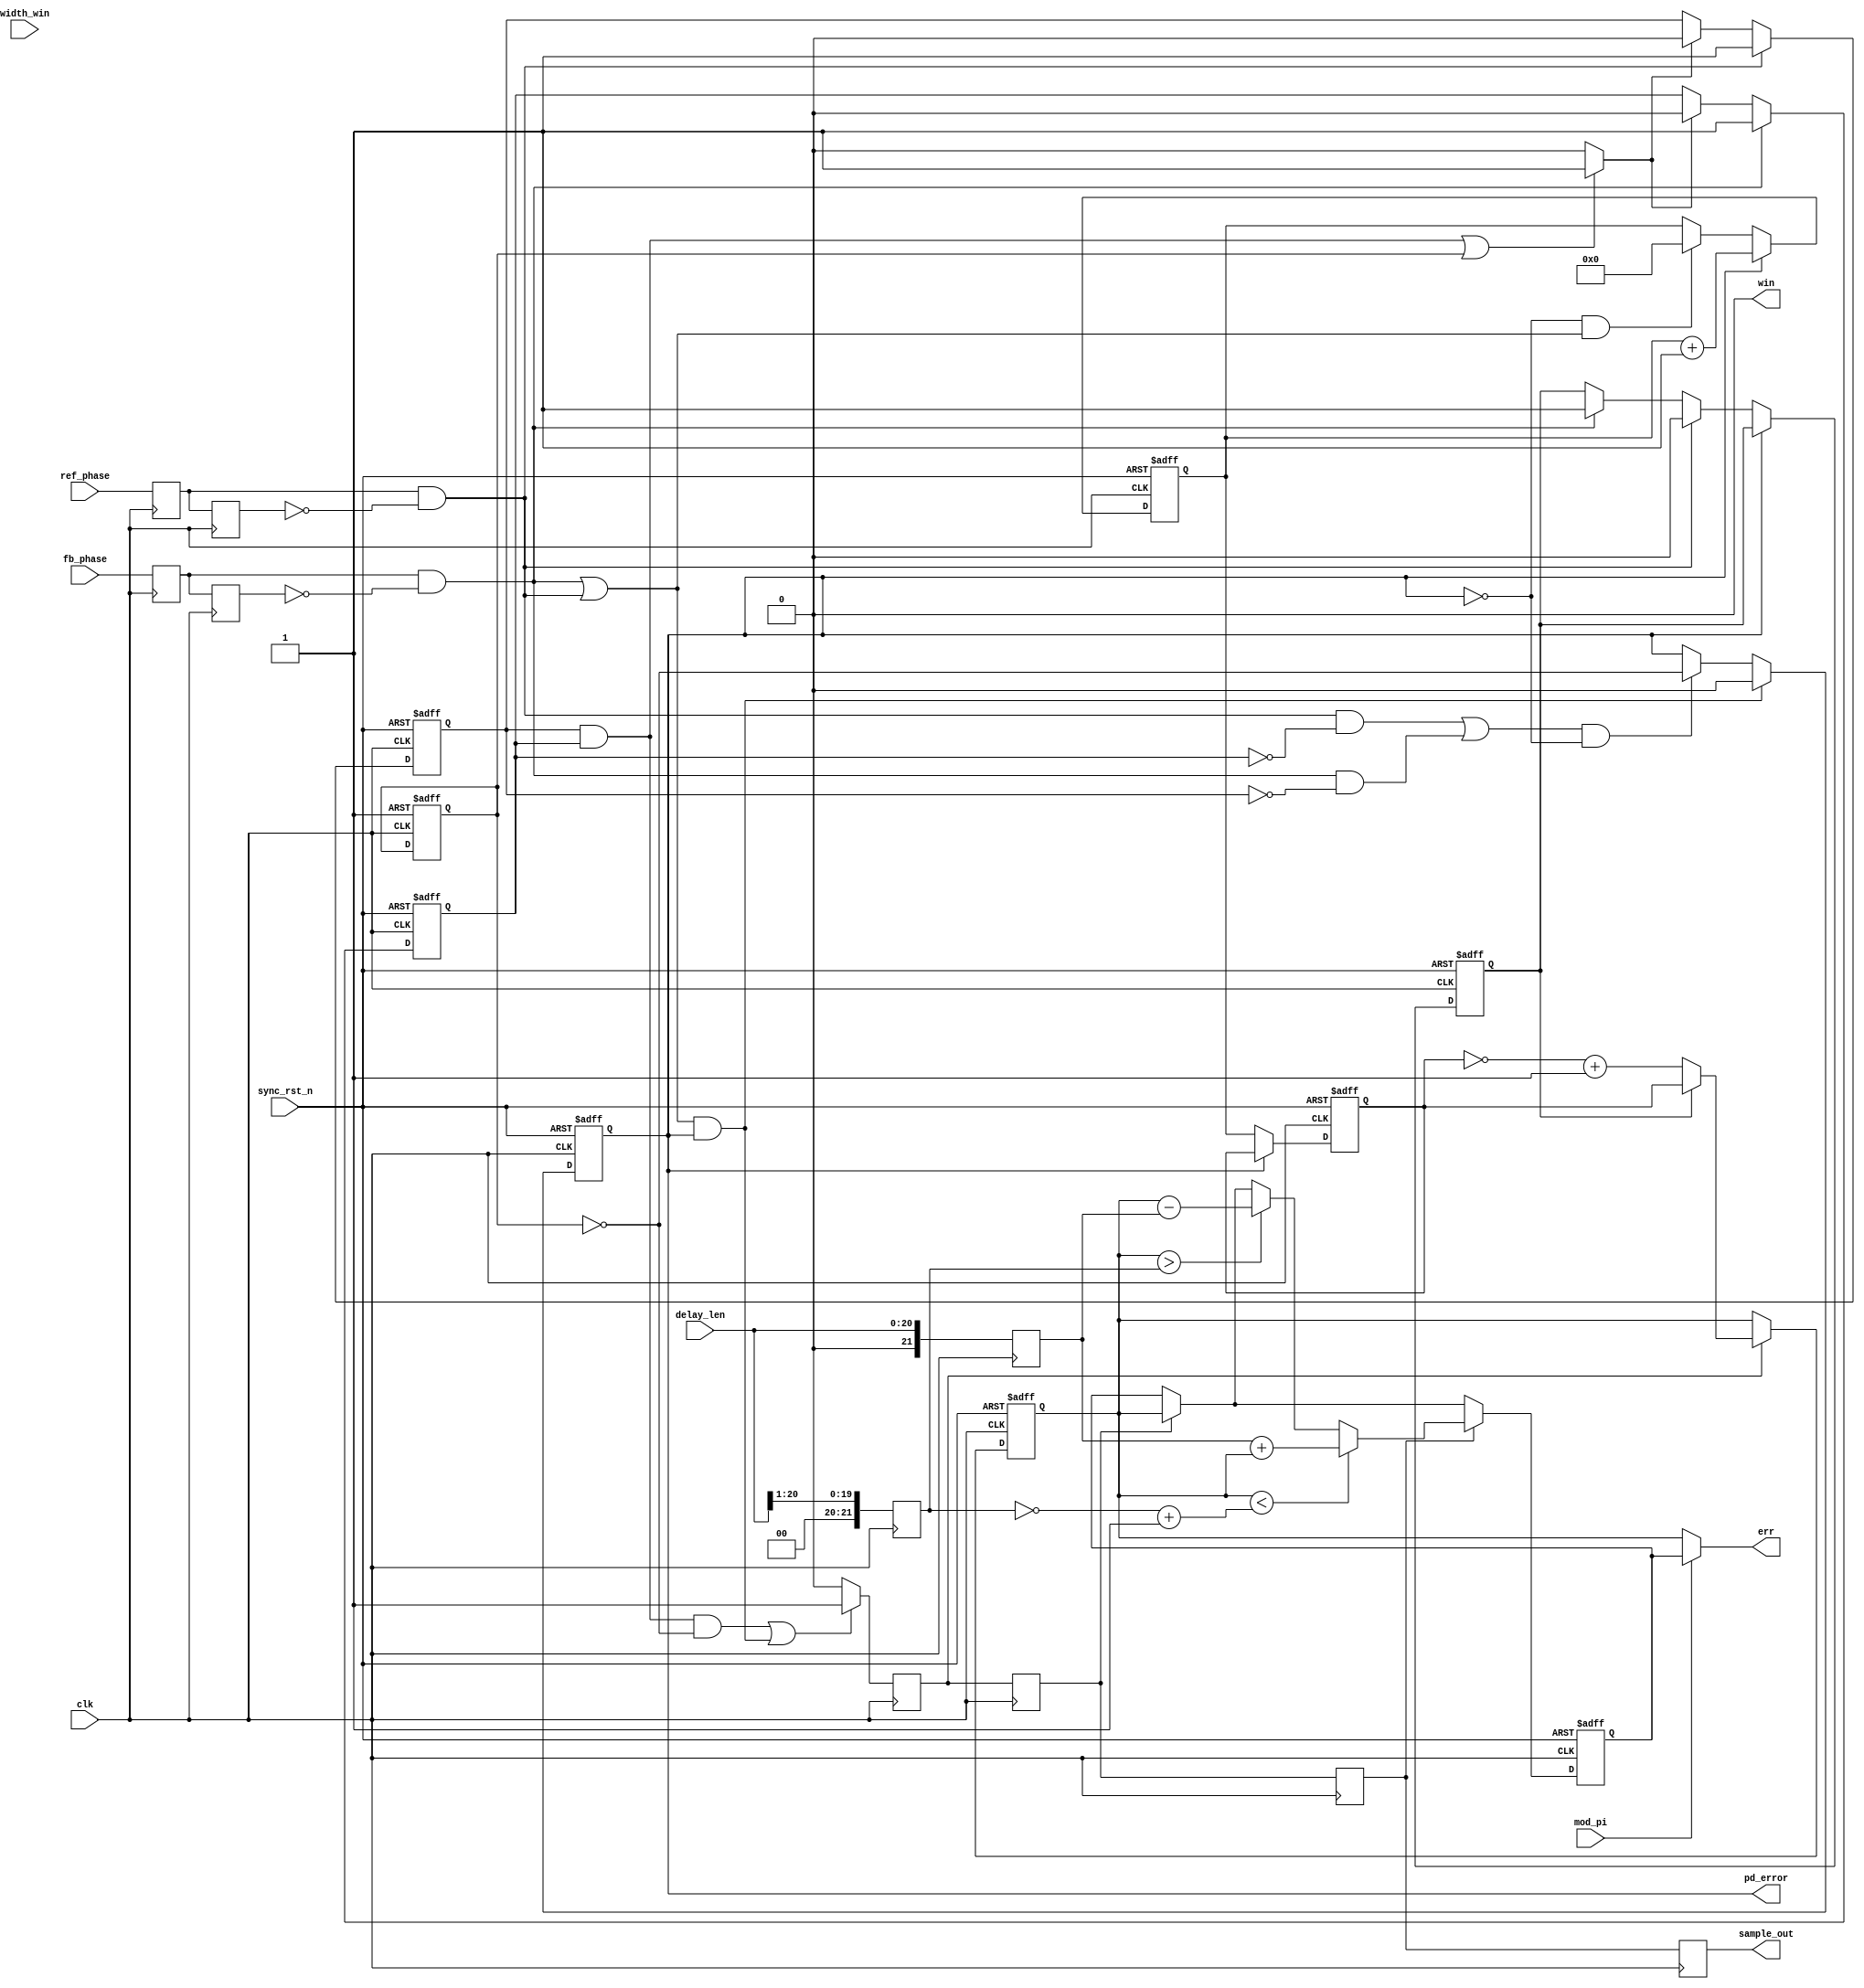
module phase_det #(parameter WIDTH_TMR=21, WIDTH_ERR=22) (
    // inputs
    input   clk,
    input   sync_rst_n,
    input   ref_phase,
    input   fb_phase,
    input [WIDTH_TMR-1:0] delay_len,
    input [15:0] width_win,
    input   mod_pi,
    // output
    output sample_out,
    output signed [WIDTH_ERR-1:0] err,
    output pd_error,
    output win
    );


// Parameters for PD modulo PI conversion
// 60Hz using 74.25MHz clock
// parameter N0 = 618750;
// parameter x2N0 = 1237500;
//

wire W;
wire clr_pd;
wire clr_RST;
wire set_RST;
wire clr_Q;
wire set_Q;

reg pu;
reg pd;
reg sample;
reg MIP;
reg Q;
reg S;
reg RST;
reg Wdly =0;
reg [WIDTH_ERR-1:0] ttimer;     // unsigned timer for measurement
reg [WIDTH_ERR-1:0] tstop;
reg [15:0]  Win_cntr = 0;            // window counter
reg [WIDTH_TMR-1:0] delay_cntr = 0; // next ref_phase period
reg ref_phase_sync;
reg ref_phase_dly;
reg fb_phase_sync;
reg fb_phase_dly;
reg signed [WIDTH_ERR-1:0] Err_R;
reg signed [WIDTH_ERR-1:0] Err_mod;
reg set_ERR_dly1;
reg set_ERR_dly2;
reg set_ERR_dly3;
reg [WIDTH_ERR-1:0] no_r;
reg [WIDTH_ERR-1:0] x2no_r;

wire reset;
wire set_ERR;
wire ref_posedge;
wire fb_posedge;
wire clr_ttimer;
wire setMIP;
wire clrMIP;
wire select_mod;

// assign's go here
assign select_mod = mod_pi;
assign err = (select_mod == 1'h1)? Err_mod : Err_R;
// assign W = (Win_cntr != 0)? 1'b1 : 1'b0;
assign W = 1 ;
assign reset = ~sync_rst_n;
assign clr_pd = ((pu & pd) || RST)? 1'b1 : 1'b0;
assign set_ERR = (    ( ( (pu & pd) & ~RST) || clrMIP)    )? 1'b1 : 1'b0;
assign sample_out = sample;
assign ref_posedge = ref_phase_sync && ~ref_phase_dly;
assign fb_posedge = fb_phase_sync && ~fb_phase_dly;
assign clr_RST =(reset || (W & ~Wdly));
assign set_RST = (~RST & (Win_cntr == 1) & (Q==0) );
assign clr_ttimer = (~MIP & (fb_posedge || ref_posedge )) || set_RST;
assign clr_Q = (Win_cntr == 0)? 1'b1 : 1'b0;
assign set_Q = ref_phase_sync && ~ref_phase_dly;

// 11/27/18 java BLDC
// assign pd_error = RST;
assign pd_error = MIP;   // W   ( debug 'slipping' phase
assign win = (delay_cntr != 0) ? 1'b1 : 1'b0;
assign clrMIP = ((ref_posedge || fb_posedge) & MIP) || set_RST;
assign setMIP = ((ref_posedge & ~pd) || (fb_posedge & ~pu)) & ~MIP;

//
   always @ (posedge clk) begin                             // sychronise inputs
        ref_phase_sync <= ref_phase;
        ref_phase_dly <= ref_phase_sync;
        fb_phase_sync <= fb_phase;
        fb_phase_dly  <= fb_phase_sync;
        set_ERR_dly1 <= set_ERR;
        set_ERR_dly2 <= set_ERR_dly1;
        set_ERR_dly3 <= set_ERR_dly2;
        sample <= set_ERR_dly3;
        no_r <= delay_len >> 1;
        x2no_r <= delay_len;
    end
    //
    always @ (posedge clk, posedge reset) begin     // pu
        if(reset)
            pu <= 0;
        else begin
            if(ref_phase_sync && ~ref_phase_dly)
                pu <= 1'b1;
            else if (clr_pd)
                pu <= 0;
        end
    end
    //
    always @ (posedge clk, posedge reset) begin     // pd
        if(reset)
            pd <= 0;
        else begin
            if(fb_phase_sync && ~fb_phase_dly)
                pd <= 1'b1;
            else if (clr_pd)
                pd <= 0;
        end
    end
    //
    /*
    always @ (posedge clk, posedge reset) begin     //  delay_cntr
        if(reset)
            delay_cntr <= 0;
        else begin
            if(ref_posedge)
                delay_cntr <= delay_len;
            else
                if(delay_cntr != 0)
                    delay_cntr <= delay_cntr - 1;
        end
    end
    */
    //
    always @ (posedge clk, posedge reset) begin     // ttimer
       if(reset)
            ttimer <= 0;
        else begin
            if(MIP)
                ttimer <= ttimer + 1;
            else
               if(clr_ttimer)
                    ttimer <= 0;
        end
    end
    //
    always @ (posedge clk, posedge reset) begin     // tstop
        if(reset)
            tstop <= 0;
        else if(MIP==0)
            tstop <= ttimer;
    end
    //
    always @ (posedge clk, posedge reset) begin     // Q
       if(reset)
            Q <= 0;
        else begin
            if(set_Q)
                Q <= 1 ;
            else
                if(clr_Q)
                    Q <= 0;
        end
    end
    //
    always @ (posedge clk, posedge reset) begin     // MIP
        if(reset)
            MIP <= 0;
        else begin
            if(clrMIP)
                MIP <= 0;
            else if (setMIP)
                MIP <= ~RST;
        end
    end
    //
    always @ (posedge clk, posedge clr_RST) begin   // RST
        if(clr_RST)
            RST <= 0;
        else begin
            if(set_RST)
                RST <= 1;
        end
    end
    //
    
    /*
    always @ (posedge clk, posedge reset) begin     // Win_cntr
        if(reset)
            Win_cntr <= width_win;
        else begin
            if(delay_cntr == 1)
                Win_cntr <= width_win;
            else if(Win_cntr != 0)
                Win_cntr <= Win_cntr - 1;
        end
    end
    
    //
    always @ (posedge clk, posedge reset) begin     // Wdly
        if(reset)
            Wdly <= 0;
        else
            Wdly <= W;
    end
    */
    
    //
    always @ (posedge clk, posedge reset) begin     // S
        if(reset)
            S <= 0;
        else begin
            if(~MIP) begin
                if(ref_phase_sync && ~ref_phase_dly)
                    S <= 0;  // treat as negative
                else if(fb_phase_sync && ~fb_phase_dly)
                    S <= 1;  // treat as positive
            end
        end
    end
    //
    always @ (posedge clk, posedge reset) begin     // Err_R
        if (reset)
            Err_R <= 0;
        else begin
            if(set_ERR_dly1) begin
                if (S==1)
                    Err_R <= tstop ;
                else
                    Err_R <= $signed(~tstop + 1);       // unsigned to signed
            end
        end
    end
    //
    always @ (posedge clk, posedge reset) begin     // Err_mod
        if(reset)
            Err_mod <= 0;
        else begin
            if (set_ERR_dly2)
                Err_mod <= Err_R;
            if (set_ERR_dly3) begin
                if( Err_R > $signed(no_r))
                    Err_mod <= $signed((Err_R - x2no_r));
                if(Err_R < $signed(~no_r+1) )
                    Err_mod <= $signed(x2no_r + Err_R);
            end
        end
    end

endmodule